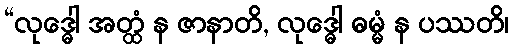
“လုဒ္ဓေါ အတ္ထံ န ဇာနာတိ, လုဒ္ဓေါ ဓမ္မံ န ပဿတိ၊